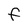
Character: F